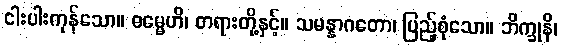
ငါးပါးကုန်သော။ ဓမ္မေဟိ၊ တရားတို့နှင့်။ သမန္နာဂတော၊ ပြည့်စုံသော။ ဘိက္ခုနိ၊